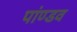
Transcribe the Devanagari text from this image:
पांण्‍डव